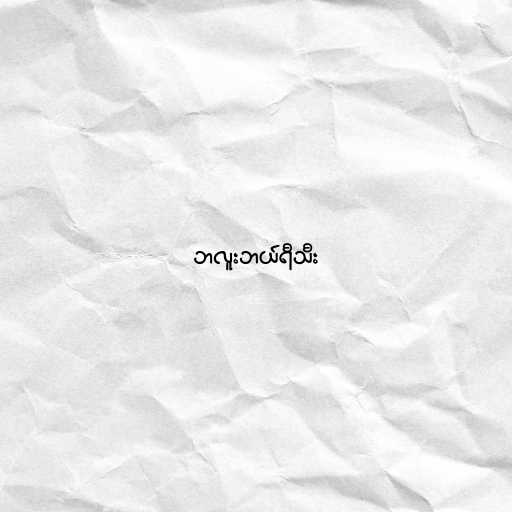
ဘလူးဘယ်ရီသီး